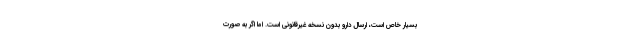
بسیار خاص است، ارسال دارو بدون نسخه غیرقانونی است. اما اگر به صورت